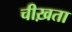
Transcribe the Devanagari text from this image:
चीख़ता